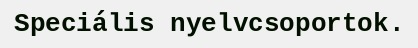
Speciális nyelvcsoportok.